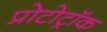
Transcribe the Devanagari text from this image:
प्रोटोट्रॉक